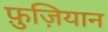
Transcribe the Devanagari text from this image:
फ़ुज़ियान